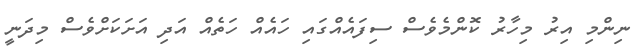
ނިންމި އިރު މިހާރު ކޮންމެވެސް ސިފައެއްގައި ހައެއް ހަތެއް އަދި އަށަކަށްވެސް މިދަނީ